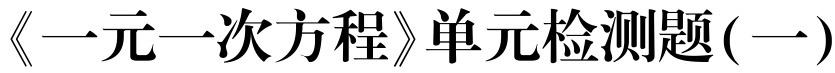
《一元一次方程》单元检测题(一)